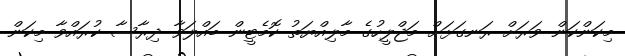
މިކަންކަން ވަރަށް ރަނގަޅަށް މަޖްލީހުގެ މާލިއްޔަތު ކޮމެޓީން ބައްލަވާ ދިރާސާ ކުރައްވާ މިކަން